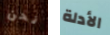
نحن الأدلة